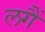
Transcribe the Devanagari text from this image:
लगैं